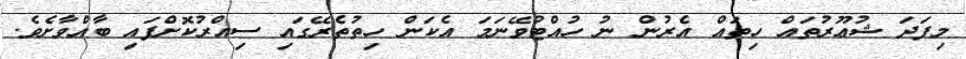
މިފަދަ ޝުޢޫރުތައް ހިތައް އެރުން ނު ހުއްޓުވޭނަމަ އެކަން ހިތުތެރޭގައި ސިއްރުކޮށްފައި ބާއްވާށެވެ.